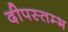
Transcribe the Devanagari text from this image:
दीपस्तम्भ